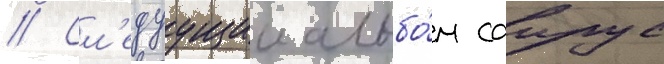
// Сл'едуущии альбо́м саирус